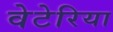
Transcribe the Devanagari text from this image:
वेटेरिया